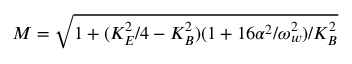
M = \sqrt { 1 + ( K _ { E } ^ { 2 } / 4 - K _ { B } ^ { 2 } ) ( 1 + 1 6 \alpha ^ { 2 } / \omega _ { w } ^ { 2 } ) / K _ { B } ^ { 2 } }